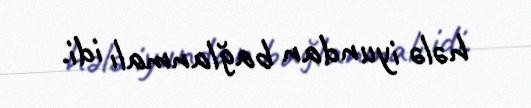
hələ iyundan bağlanmalı idi.